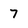
Character: 7